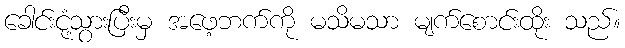
ခေါင်းငုံ့သွားပြီးမှ အဖေ့ဘက်ကို မသိမသာ မျက်စောင်းထိုး သည်။